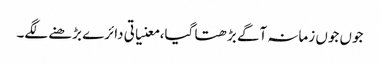
جوں جوں زمانہ آگے بڑھتا گیا، معنیاتی دائرے بڑھنے لگے۔